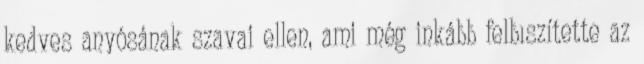
kedves anyósának szavai ellen, ami még inkább felbıszítette az